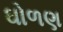
ઘોળણ